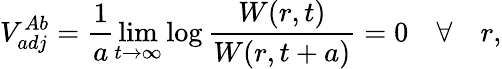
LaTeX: V_{adj}^{Ab}=\frac{1}{a}\operatorname*{lim}_{t\rightarrow\infty}\log\frac{W(r,t)}{W(r,t+a)}=0\quad\forall\quad r,